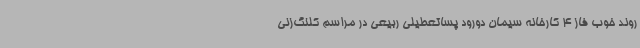
روند خوب فاز 4 کارخانه سیمان دورود پساتعطیلی ربیعی در مراسم کلنگ‌زنی